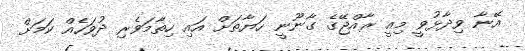
އޭނާ ވިދާޅުވީ މިއީ ރާއްޖޭގެ ގާނޫނީ ހަޔާތަށް އައި ހިތާމަވެރި ދުވަހެއް ކަމަށް